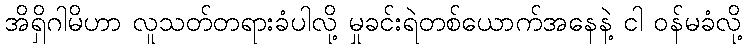
အိရှိဂါမိဟာ လူသတ်တရားခံပါလို့ မှုခင်းရဲတစ်ယောက်အနေနဲ့ ငါ ဝန်မခံလို့